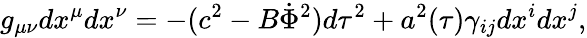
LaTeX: g_{\mu\nu}dx^{\mu}dx^{\nu}=-(c^{2}-B\dot{\Phi}^{2})d\tau^{2}+a^{2}(\tau)\gamma_{ij}dx^{i}dx^{j},